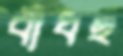
বাঁধছ